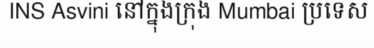
INS Asvini នៅក្នុងក្រុង Mumbai ប្រទេស